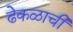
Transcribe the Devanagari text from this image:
ढेकळाची